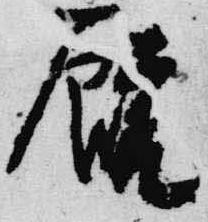
厩